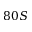
8 0 S